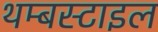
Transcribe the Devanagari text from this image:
थम्बस्टाइल